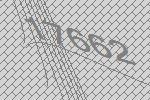
17662